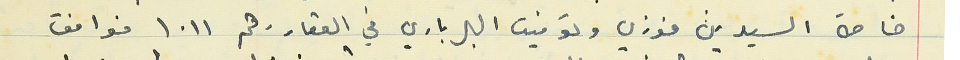
خاصة السيدين فوزي وتوفيق البرباري في العقارر قم ١٠١١ فوافق